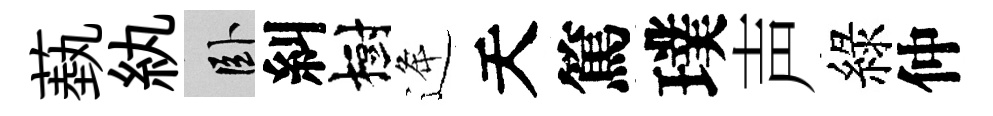
蓺紈卧糾樹逄天篤璞声綠仲